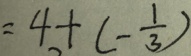
= 4 + ( - \frac { 1 } { 3 } )